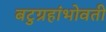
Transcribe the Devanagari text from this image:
बटुग्रहांभोवती